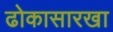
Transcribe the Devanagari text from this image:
ढोकासारखा